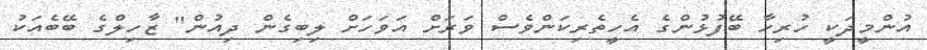
އުންމީދަކީ ހުރިހާ ބޭފުޅުންގެ އެހީތެރިކަންވެސް ވަރަށް އަވަހަށް ލިބިގެން ދިއުން" ޒާހިލްގެ ބޭބެއަކު